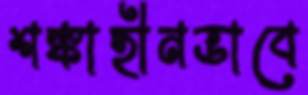
শঙ্কাহীনভাবে